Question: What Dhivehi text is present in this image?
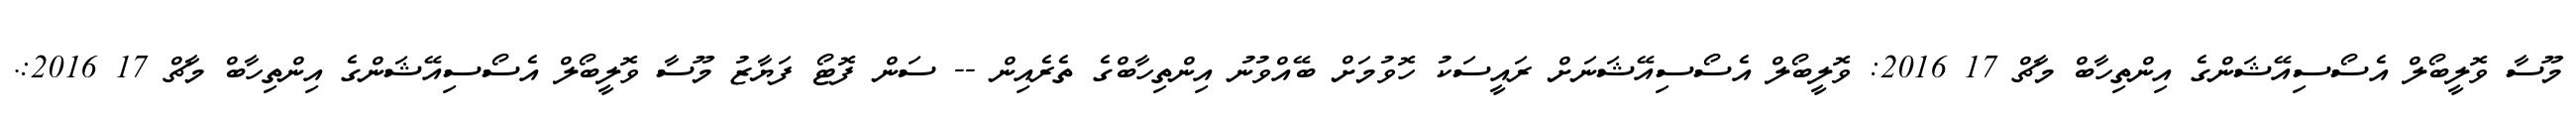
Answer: މޫސާ ވޮލީބޯލް އެސޯސިއޭޝަންގެ އިންތިހާބް މާޗް 17 2016: ވޮލީބޯލް އެސޯސިއޭޝަނަށް ރައީސަކު ހޮވުމަށް ބޭއްވުނު އިންތިހާބްގެ ތެރެއިން -- ސަން ފޮޓޯ ފަޔާޒު މޫސާ ވޮލީބޯލް އެސޯސިއޭޝަންގެ އިންތިހާބް މާޗް 17 2016:.